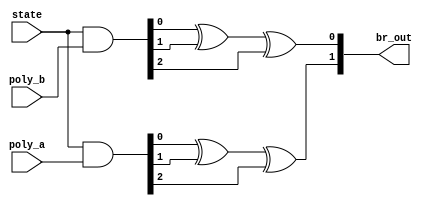
module conv_encoder_test(poly_a, poly_b, state, br_out);
//code rate = 1/2, constraint length = 3
//generator polynomial is 3 bit
//state is 2 bit, data out is 2 bit

input [2:0] poly_a; //poly_a = 101
input [2:0] poly_b; //poly_b = 111

input [2:0] state; 
// with most significant bit is the input in truth table
//the rest are state s0...s2

output [1:0] br_out;
wire [2:0]wa;
wire [2:0]wb;
reg [1:0]br_out;

assign wa = state&poly_a[2:0];
assign wb = state&poly_b[2:0];

always @(wa or wb)
begin
	br_out[1] = wa[0]^wa[1]^wa[2]; //encoded data at C0
	br_out[0] = wb[0]^wb[1]^wb[2]; //encoded data at C1
end

endmodule